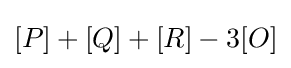
[P]+[Q]+[R]-3[O]